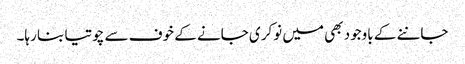
جاننے کے باوجود بھی میں نوکری جانے کے خوف سے چوتیا بنا رہا۔